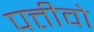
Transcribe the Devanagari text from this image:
पत्तीवो